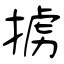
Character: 掳